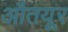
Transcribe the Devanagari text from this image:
औतयूर